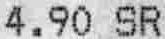
4.90 SR